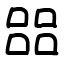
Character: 㗊